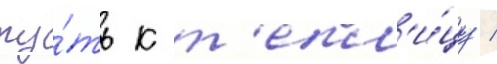
пу́ть к т'епл'и́цу /